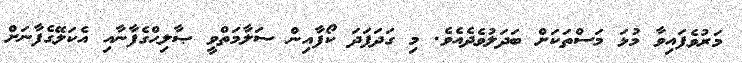
މަރުވެފައިވާ މުޅަ މަސްތަކަށް ބަދަލުވެދެއެވެ. މި ގަދަފަދަ ކޯފާއިން ސަލާމަތްވީ ޞާލިޙްގެފާނާއި އެކަލޭގެފާނަށް